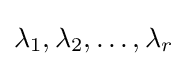
\lambda _{1},\lambda _{2},\ldots ,\lambda _{r}